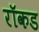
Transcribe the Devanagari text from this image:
रॉकड